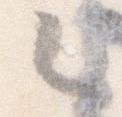
々